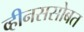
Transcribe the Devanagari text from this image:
व्हीनससोबत